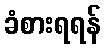
ခံစားရရန်